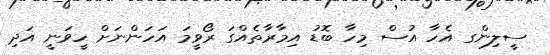
ސީލިންގ އެހާ އުސް މިހާ ބޮޑު އިމާރާތެއްގަ ރޯވީމަ އަހަންނަށް ހީވަނީ އަދި